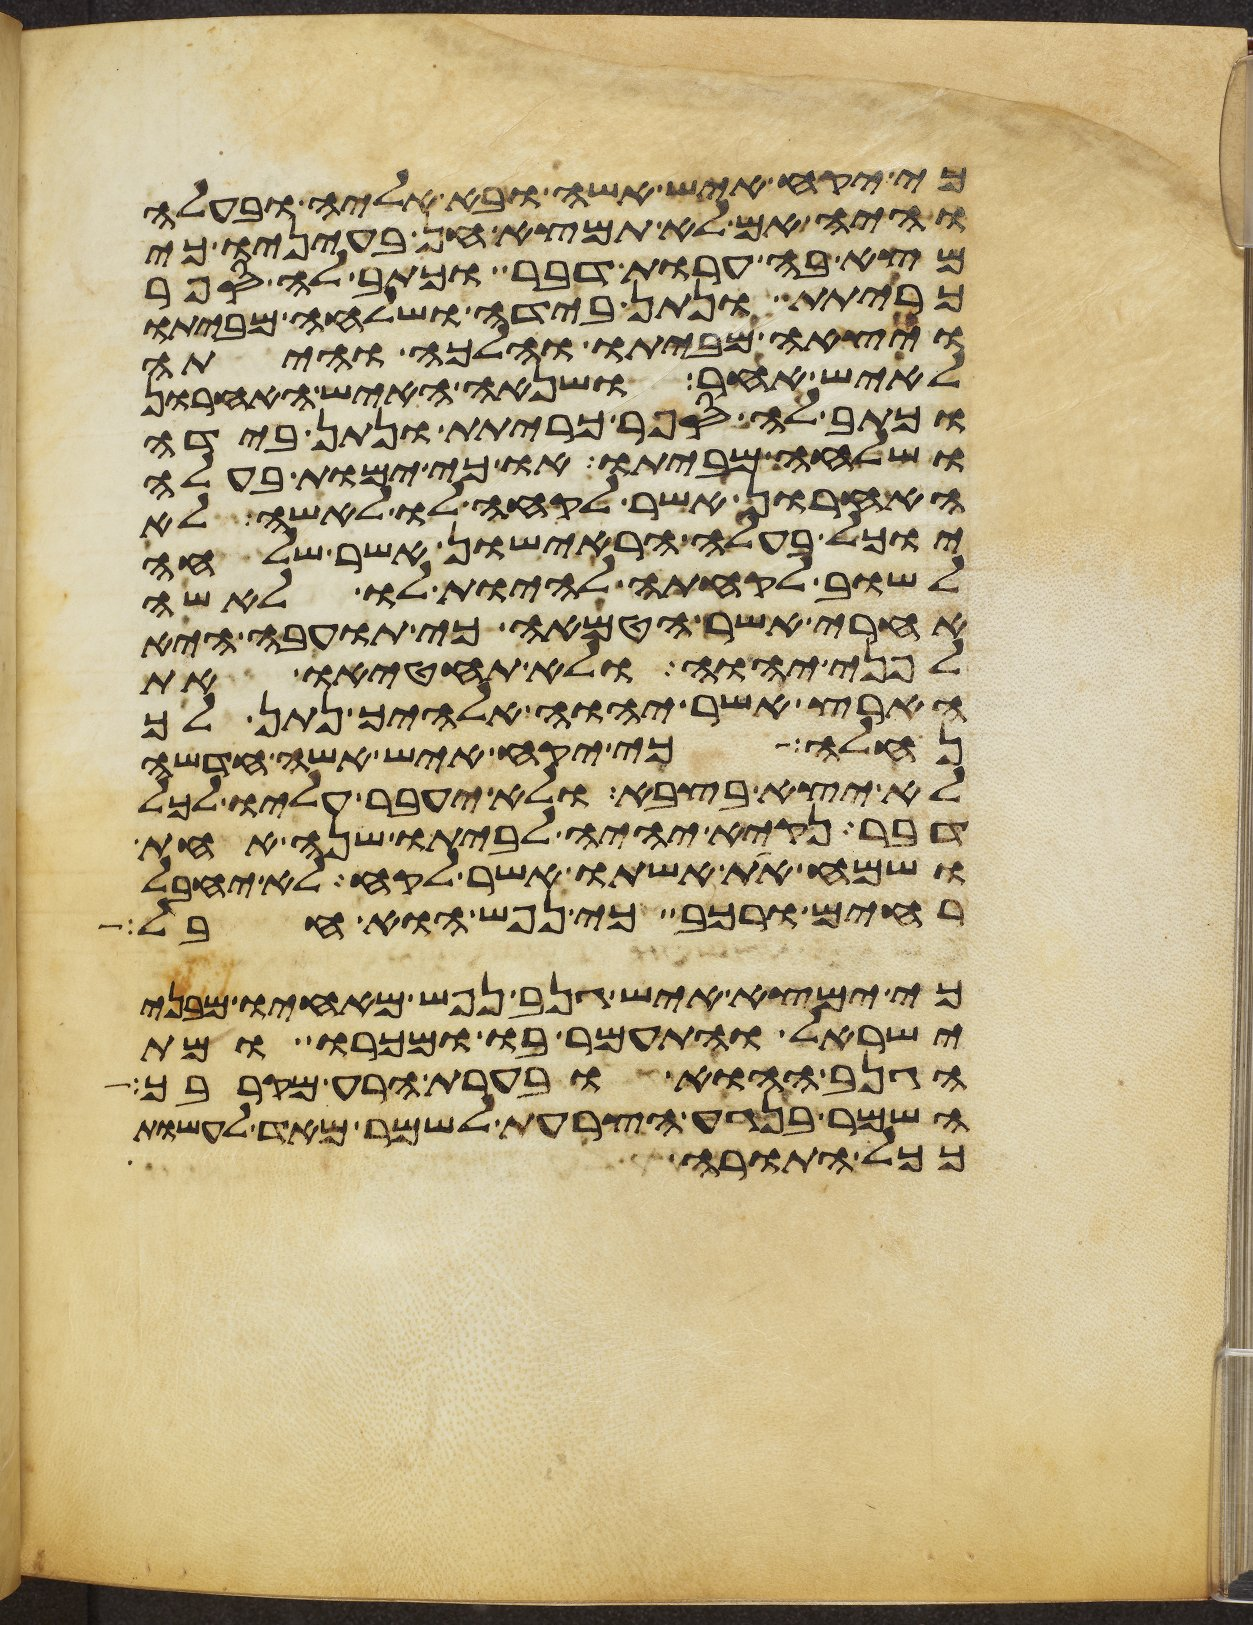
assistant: כי יקח איש אשה ובא אליה ובעלה
והיה אם לא תמצא חן בעיניו כי
מצא בה ערות דבר וכתב לה ספר
כריתת ונתן בידה ושלחה מביתו
ויצאה מביתו והלכה והיתה
לאיש אחר ושנאה האיש האחרון
וכתב לה ספר כריתת ונתן בידה
ושלחה מביתו או כי ימות בעלה
האחרון אשר לקחה לו לאשה לא
יוכל בעלה הראישון אשר שלחה
לשוב לקחתה להיות לו לאשה
אחרי אשר הטמאה כי תועבה היא
לפני יהוה ולא תחטיאו את
הארץ אשר יהוה אלהיך נתן לך
נחלה כי יקח איש אשה חדשה
לא יצא בצבא ולא יעבר עליו לכל
דבר נקיא יהיה לביתו שנה אחת
ושמח את אשתו אשר לקח לא יחבל
רחים ורכב כי נפש הוא חבל
כי ימצא איש גנב נפש מאחיו מבני
ישראל והתעמר בו ומכרו ומת
הגנב ההוא ובערת הרע מקרבך
השמר בנגע הצרעת לשמר מאד לעשות
ככל התורה